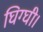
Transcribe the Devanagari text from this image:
घिग्घी।